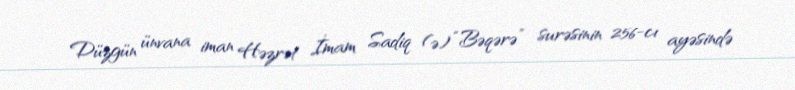
Düzgün ünvana iman Həzrət İmam Sadiq (ə) “Bəqərə” surəsinin 256-cı ayəsində